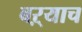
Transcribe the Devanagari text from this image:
बऱ्‍याच